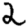
Digit: 2